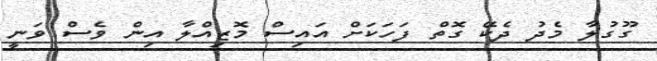
ގޫގުލާ މެދު ދެކޭ ގޮތް ފަހަކަށް އައިސް މޮޒިއްލާ އިން ވެސް ވަނީ